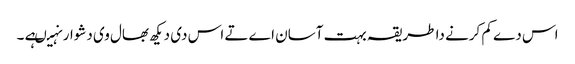
اس دے کم کرنے دا طریقہ بہت آسان اے تے اس د‏ی دیکھ بھال وی دشوار نہیںہے ۔